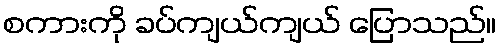
စကားကို ခပ်ကျယ်ကျယ် ပြောသည်။